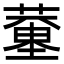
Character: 𦻍